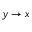
y \rightarrow x